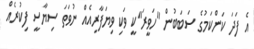
އެ ފަދަ ކަންކަމުގެ ސަބަބުން "ހަވީރަ"ކީ ވަކި ވިޔަފާރިއެއް ނުވަތަ ސިޔާސީ ފިކުރެއް